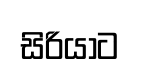
සිරියාට